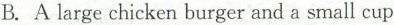
B. Alarge chicken burger and a small cup